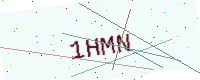
Text: 1HMN